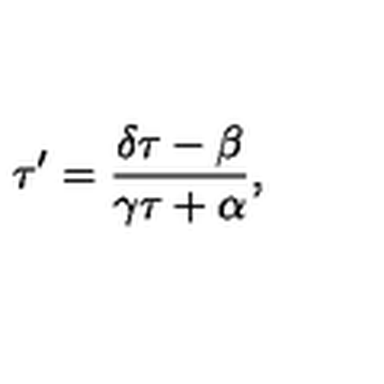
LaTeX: \tau ^ { \prime } = \frac { \delta \tau - \beta } { \gamma \tau + \alpha } ,